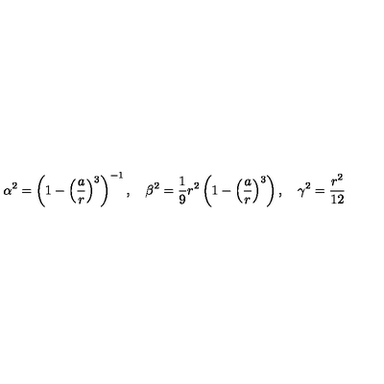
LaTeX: \alpha ^ { 2 } = \left( 1 - \left( { \frac { a } { r } } \right) ^ { 3 } \right) ^ { - 1 } , \quad \beta ^ { 2 } = \frac 1 9 r ^ { 2 } \left( 1 - \left( { \frac { a } { r } } \right) ^ { 3 } \right) , \quad \gamma ^ { 2 } = \frac { \displaystyle r ^ { 2 } } { 1 2 }